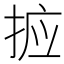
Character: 𭡆